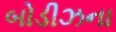
બોડીઝના